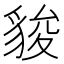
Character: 䝜